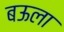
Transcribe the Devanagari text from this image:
बऊला